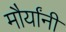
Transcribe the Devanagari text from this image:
मौर्यांनी